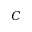
C